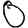
Digit: 0